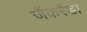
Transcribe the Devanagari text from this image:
जैंकरैंडा